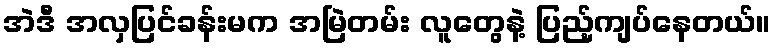
အဲဒီ အလှပြင်ခန်းမက အမြဲတမ်း လူတွေနဲ့ ပြည့်ကျပ်နေတယ်။